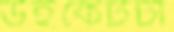
উইকেটটা